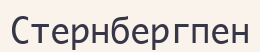
Стернбергпен